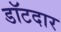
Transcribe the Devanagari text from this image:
डॉटदार